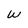
Character: w